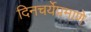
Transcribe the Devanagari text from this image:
दिनचर्येप्रमाणे